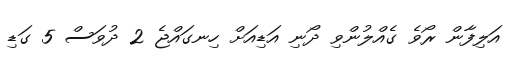
އަލިފާން ރޯވެ ގެއްލުންވި ދޯނި އަޑިއަށް ހިނގައްޖެ 2 ދުވަސް 5 ގަޑި